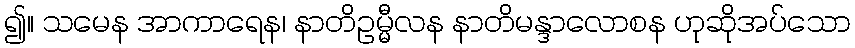
၍။ သမေန အာကာရေန၊ နာတိဥမ္မီလန နာတိမန္ဒာလောစန ဟုဆိုအပ်သော